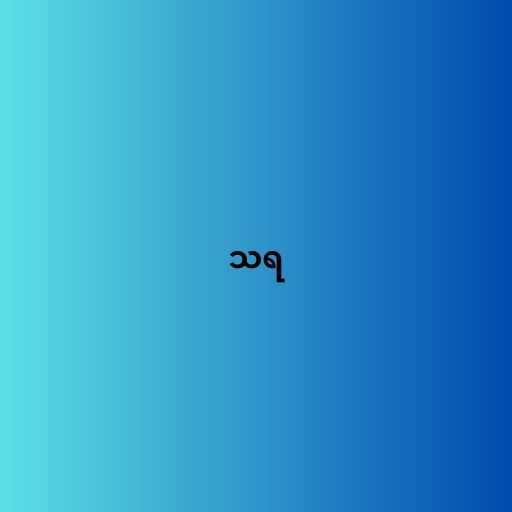
သရ